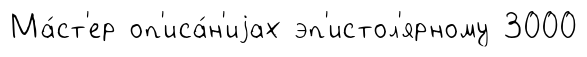
Ма́ст'ер оп'иса́н'иjах эп'истол'ярному 3000